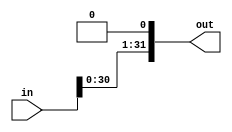
`timescale 1ns / 1ps
//////////////////////////////////////////////////////////////////////////////////
// Company: 
// Engineer: 
// 
// Design Name: 
// Module Name: nBit_shift_left_1
// Project Name: 
// Target Devices: 
// Tool Versions: 
// Description: 
// 
// Dependencies: 
// 
// Revision:
// Revision 0.01 - File Created
// Additional Comments:
// 
//////////////////////////////////////////////////////////////////////////////////


module nBitShiftLeft1 #(parameter N = 32)(
    input [N-1:0] in,
    output [N-1:0] out
);
    
    assign out = {in[N-2:0], 1'b0};
    
    
endmodule